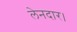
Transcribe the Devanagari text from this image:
लेनदार।